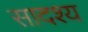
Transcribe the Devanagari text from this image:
सादश्य